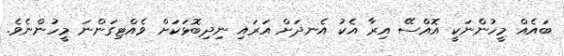
ބައެއް މީހުންނަކީ އޮއްސޭ އިރާ އެކު އެނދަށް އަރައި ނިދިބޮޅަކަށް ވެއްޓިގަންނަ މީހުންނެވެ.